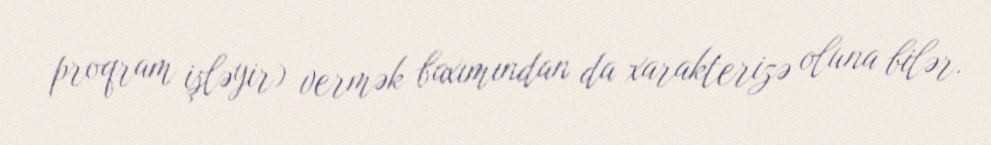
proqram işləyir) vermək baxımından da xarakterizə oluna bilər.